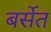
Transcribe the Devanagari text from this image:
बर्सेत